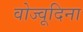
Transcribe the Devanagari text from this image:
वोज्वूदिना